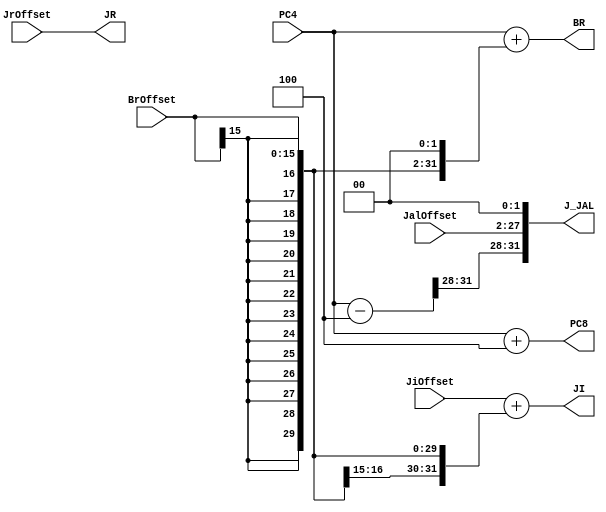
`timescale 1ns / 1ps
//////////////////////////////////////////////////////////////////////////////////
// Company: 
// Engineer: 
// 
// Design Name: 
// Module Name:    npc 
// Project Name: 
// Target Devices: 
// Tool versions: 
// Description: 
//
// Dependencies: 
//
// Revision: 
// Revision 0.01 - File Created
// Additional Comments: 
//
//////////////////////////////////////////////////////////////////////////////////
module npc(
    input [31:0] PC4,            //
    input [15:0] BrOffset,
    input [31:0] JrOffset,
    input [25:0] JalOffset,
	input [31:0] JiOffset,
	output [31:0] JI,
	output [31:0] BR,
	output [31:0] JR,
	output [31:0] J_JAL,
	output [31:0] PC8
    );
	wire [31:0] PC;
	assign PC = PC4 - 4;
	
	assign BR = PC4 + {{14{BrOffset[15]}}, BrOffset, 2'b00};
	assign JR = JrOffset;
	assign J_JAL = {PC[31:28], JalOffset, 2'b00};
	assign PC8 = PC4+4;
	assign JI = JiOffset + {{16{BrOffset[15]}}, BrOffset};
	
	
endmodule